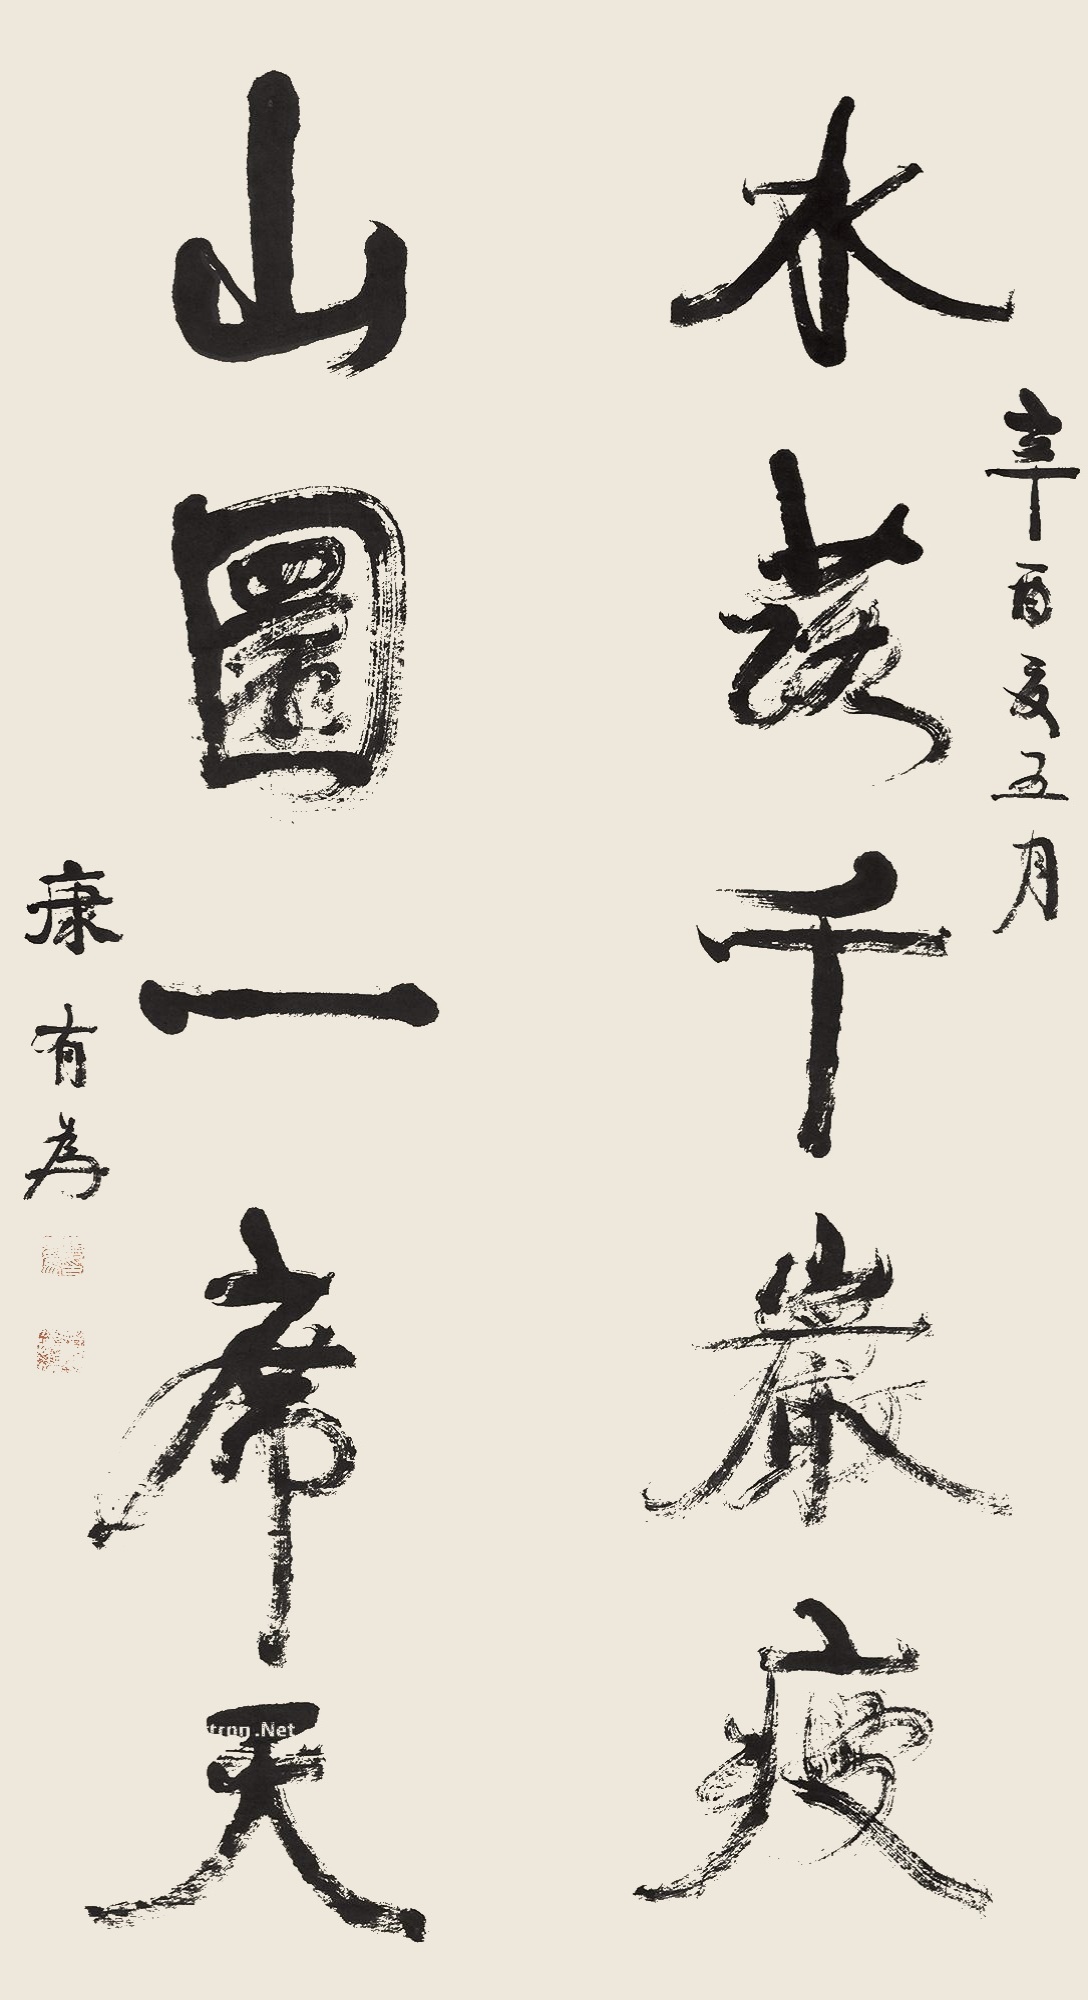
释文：水落千岩瘦；山圜一席天。辛酉夏五月，康有为。